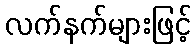
လက်နက်များဖြင့်